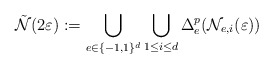
\begin{align*} \tilde{ \mathcal N} (2 \varepsilon) := \bigcup_{e \in \{-1,1\}^d} \bigcup_{1\le i\le d} \Delta_e^p(\mathcal N_{e,i}(\varepsilon))\end{align*}